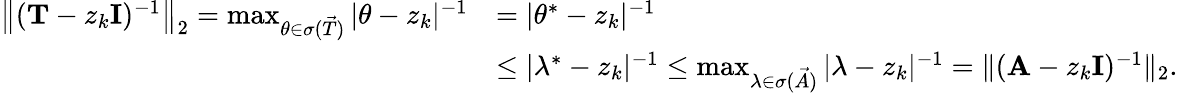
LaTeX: \begin{array}{rl}{\left\| (\mathbf{T}-z_{k}\mathbf{I})^{-1}\right\| _{2}=\operatorname*{max}_{\theta\in\sigma(\vec{T})}|\theta-z_{k}|^{-1}}&{=|\theta^{*}-z_{k}|^{-1}}\\ &{\leq|\lambda^{*}-z_{k}|^{-1}\leq\operatorname*{max}_{\lambda\in\sigma(\vec{A})}|\lambda-z_{k}|^{-1}=\| (\mathbf{A}-z_{k}\mathbf{I})^{-1}\| _{2}.}\end{array}